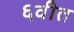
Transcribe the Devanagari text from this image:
६वीत